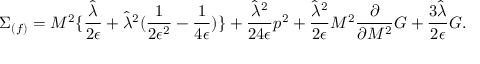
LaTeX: \Sigma _ { ( f ) } = M ^ { 2 } \{ { \frac { \hat { \lambda } } { 2 \epsilon } } + { \hat { \lambda } } ^ { 2 } ( { \frac { 1 } { 2 \epsilon ^ { 2 } } } - { \frac { 1 } { 4 \epsilon } } ) \} + { \frac { { \hat { \lambda } } ^ { 2 } } { 2 4 \epsilon } } p ^ { 2 } + { \frac { { \hat { \lambda } } ^ { 2 } } { 2 \epsilon } } M ^ { 2 } { \frac { \partial } { \partial { M ^ { 2 } } } } G + { \frac { 3 \hat { \lambda } } { 2 \epsilon } } G .